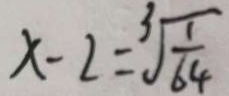
x - 2 = \sqrt [ 3 ] { \frac { 1 } { 6 4 } }